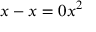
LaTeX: x - x = 0 x ^ { 2 }